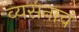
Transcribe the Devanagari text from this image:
व्यसनाचं